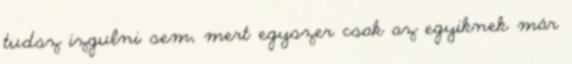
tudsz izgulni sem, mert egyszer csak az egyiknek már